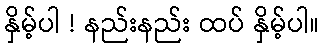
နှိမ့်ပါ ! နည်းနည်း ထပ် နှိမ့်ပါ။